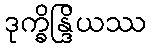
ဒုက္ခိန္ဒြိယဿ